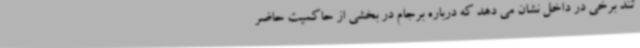
تند برخی در داخل نشان می دهد که درباره برجام در بخشی از حاکمیت حاضر